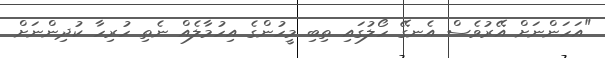
"އަހަންނަށް އޭރުވެސް އެނގޭ ހޯލުގައި ތިބި މީހުންގެ އިހުމާލެއް ނެތި ހުރިހާ ކުދިންނަށް